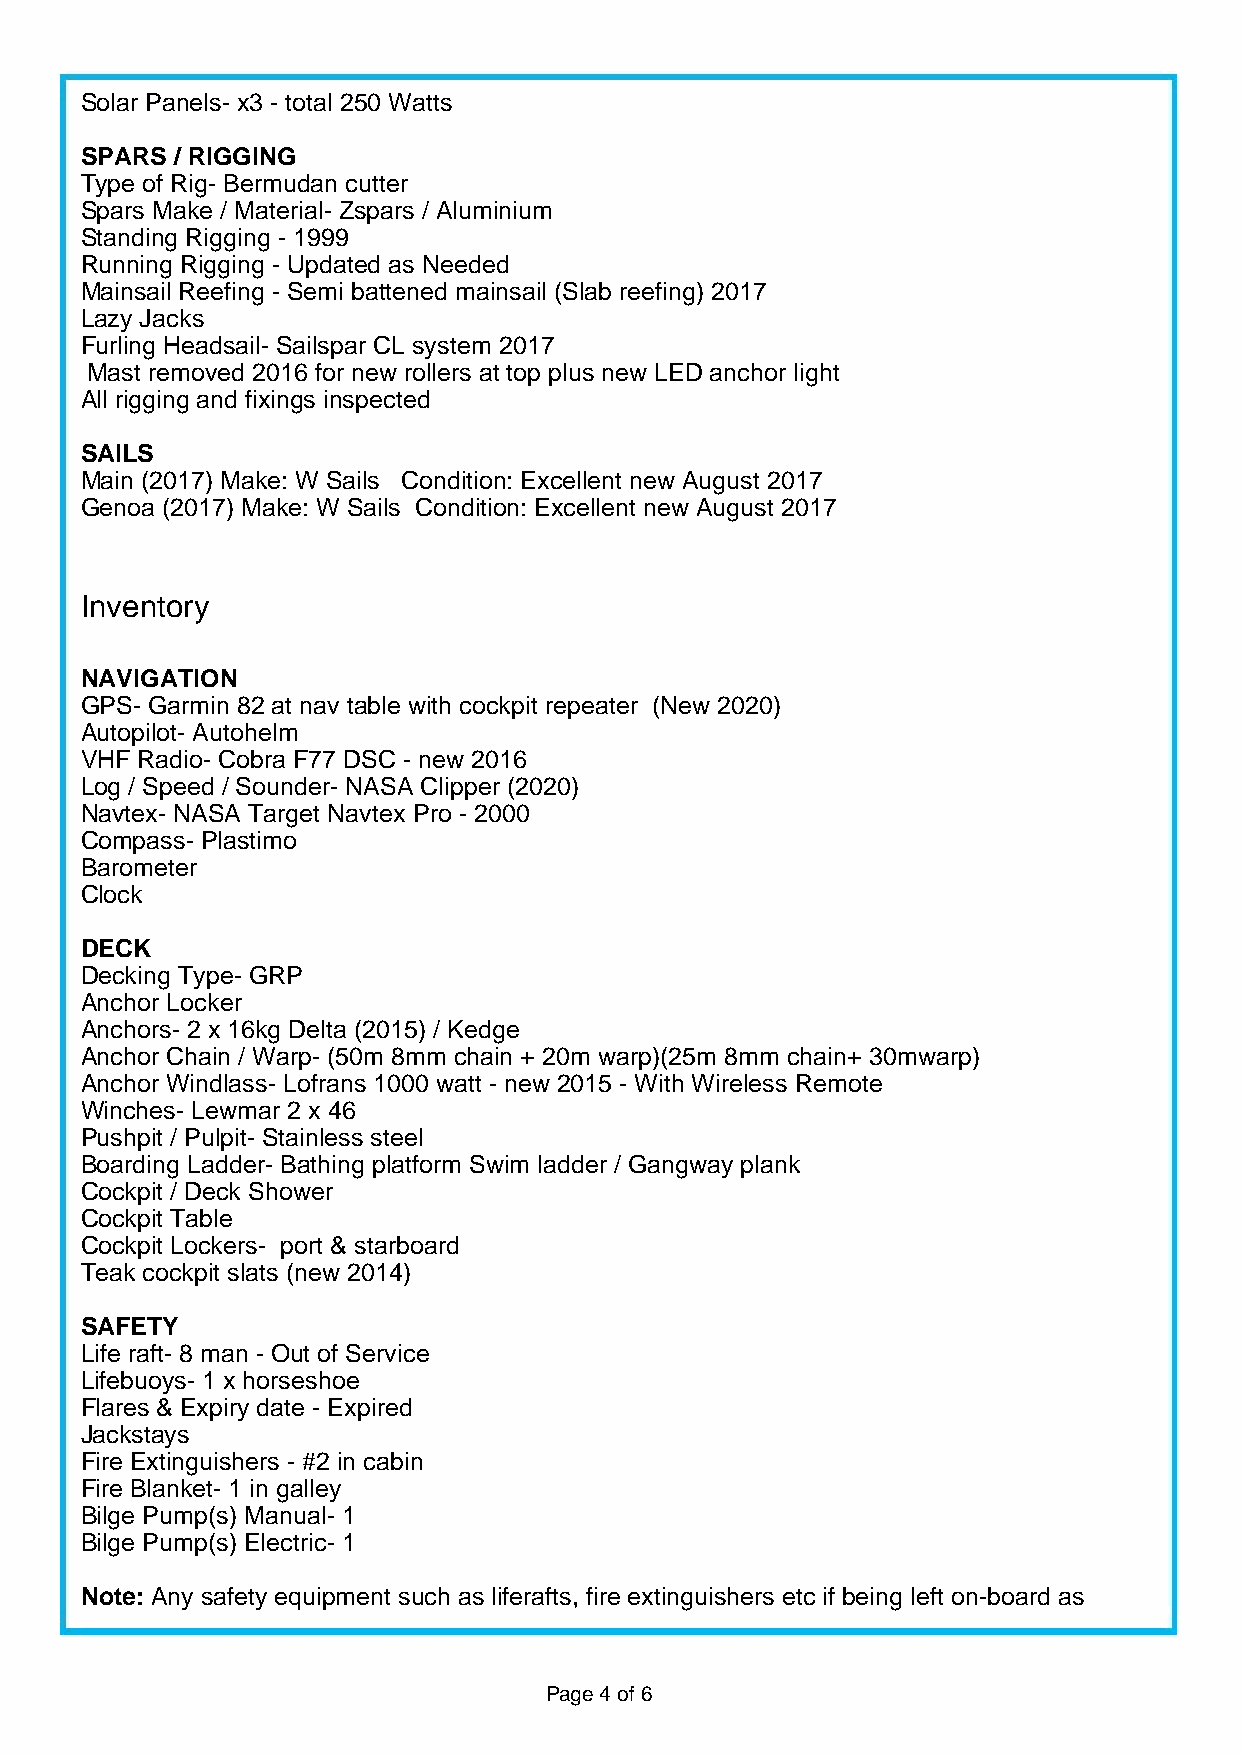
Solar Panels- x3 - total 250 Watts
 SPARS / RIGGING
 Type of Rig- Bermudan cutter
 Spars Make / Material- Zspars / Aluminium
 Standing Rigging - 1999
 Running Rigging - Updated as Needed
 Mainsail Reefing - Semi battened mainsail (Slab reefing) 2017
 Lazy Jacks
 Furling Headsail- Sailspar CL system 2017
 Mast removed 2016 for new rollers at top plus new LED anchor light
 All rigging and fixings inspected
 SAILS
 Main (2017) Make: W Sails Condition: Excellent new August 2017
 Genoa (2017) Make: W Sails Condition: Excellent new August 2017
 Inventory
 NAVIGATION
 GPS- Garmin 82 at nav table with cockpit repeater (New 2020)
 Autopilot- Autohelm
 VHF Radio- Cobra F77 DSC - new 2016
 Log / Speed / Sounder- NASA Clipper (2020)
 Navtex- NASA Target Navtex Pro - 2000
 Compass- Plastimo
 Barometer
 Clock
 DECK
 Decking Type- GRP
 Anchor Locker
 Anchors- 2 x 16kg Delta (2015) / Kedge
 Anchor Chain / Warp- (50m 8mm chain + 20m warp)(25m 8mm chain+ 30mwarp)
 Anchor Windlass- Lofrans 1000 watt - new 2015 - With Wireless Remote
 Winches- Lewmar 2 x 46
 Pushpit / Pulpit- Stainless steel
 Boarding Ladder- Bathing platform Swim ladder / Gangway plank
 Cockpit / Deck Shower
 Cockpit Table
 Cockpit Lockers- port & starboard
 Teak cockpit slats (new 2014)
 SAFETY
 Life raft- 8 man - Out of Service
 Lifebuoys- 1 x horseshoe
 Flares & Expiry date - Expired
 Jackstays
 Fire Extinguishers - #2 in cabin
 Fire Blanket- 1 in galley
 Bilge Pump(s) Manual- 1
 Bilge Pump(s) Electric- 1
 Note: Any safety equipment such as liferafts, fire extinguishers etc if being left on-board as
 Page 4 of 6